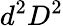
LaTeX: d^{2}D^{2}